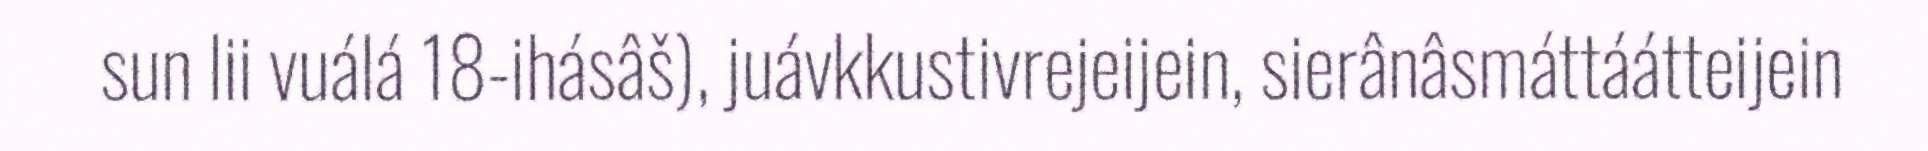
sun lii vuálá 18-ihásâš), juávkkustivrejeijein, sierânâsmáttáátteijein